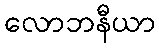
လောဘနီယာ